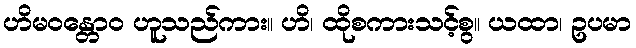
ဟိမဝန္တောဝ ဟူသည်ကား။ ဟိ၊ ထိုစကားသင့်စွ။ ယထာ၊ ဥပမာ